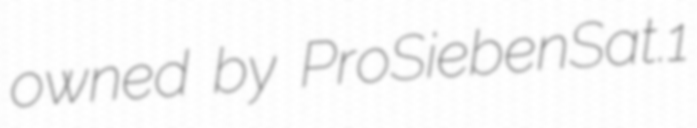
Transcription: owned by ProSiebenSat.1